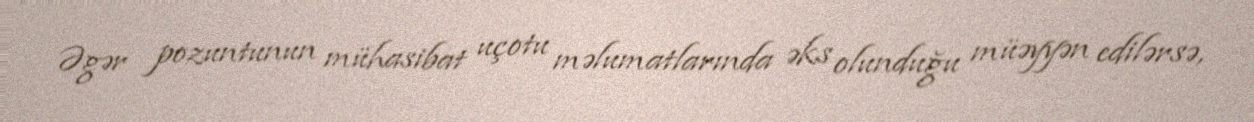
Əgər pozuntunun mühasibat uçotu məlumatlarında əks olunduğu müəyyən edilərsə,